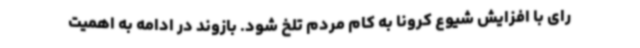
رای با افزایش شیوع کرونا به کام مردم تلخ شود. بازوند در ادامه به اهمیت